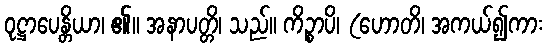
ဝုဋ္ဌာပေန္တိယာ၊ ၏။ အနာပတ္တိ၊ သည်။ ကိဉ္စာပိ၊ (ဟောတိ၊ အကယ်၍ကား